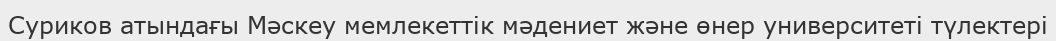
Суриков атындағы Мәскеу мемлекеттік мәдениет және өнер университеті түлектері